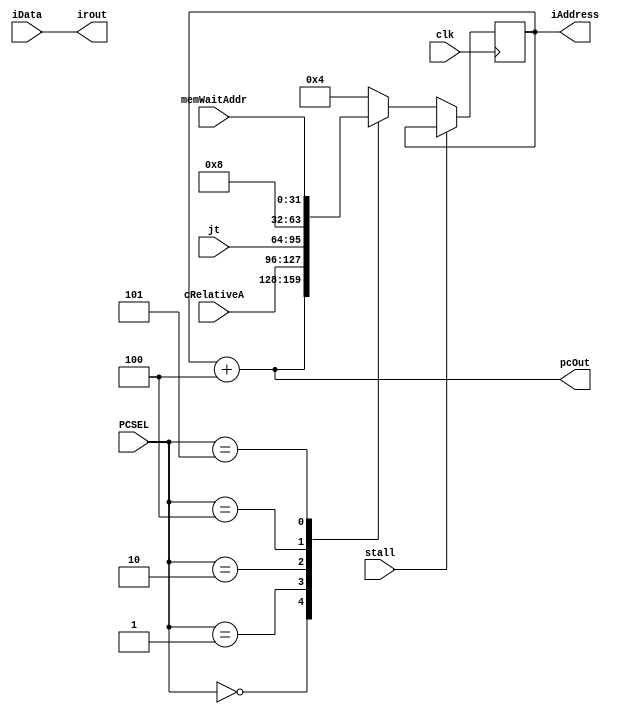
`default_nettype none
`define RESET 32'h0
`define ILLOP 32'h4
`define XADR 32'h8





module Beta_IF (
    input clk,
    input stall,
    input [31:0] cRelativeA,
    input [31:0] jt,
    input [31:0] memWaitAddr,
    input [2:0] PCSEL,
    output [31:0] pcOut,
    output [31:0] iAddress,
    input [31:0] iData,
    output [31:0] irout
);

  reg  [31:0] pc = 0;
  wire [31:0] pcNext;

  assign iAddress = pc;
  assign pcNext = pc + 4;
  assign pcOut = pcNext;
  assign irout = iData;

  always @(posedge clk) begin
    if (stall) begin
      pc <= pc;
    end else begin
      case (PCSEL)
        default: pc <= `ILLOP;
        0: pc <= pcNext;
        1: pc <= cRelativeA;
        2: pc <= jt;
        3: pc <= `ILLOP;
        4: pc <= `XADR;
        5: pc <= memWaitAddr;
      endcase
    end
  end



endmodule